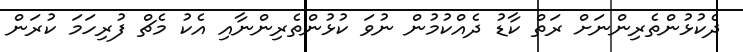
ދެކުޅުުންތެރިންނަށް ރަތް ކާޑު ދެއްކުމުން ނުވަ ކުޅުންތެރިންނާއި އެކު މެޗް ފުރިހަމަ ކުރަން